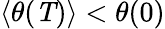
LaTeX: \langle\theta(\mathit{T})\rangle<\theta(0)